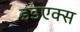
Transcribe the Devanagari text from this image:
इंडएक्स